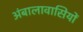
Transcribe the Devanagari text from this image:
अंबालावासियों